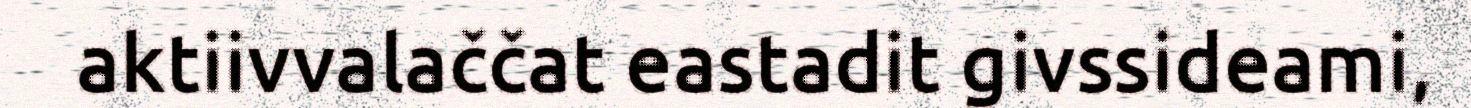
aktiivvalaččat eastadit givssideami,